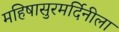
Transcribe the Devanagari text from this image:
महिषासुरमर्दिनीला